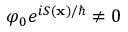
\varphi _ { 0 } e ^ { i S ( \mathbf { x } ) / \hbar } \neq 0